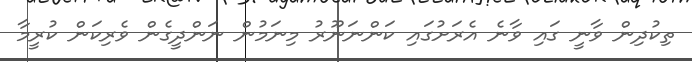
ތިކުދިން ވާނީ ގައި ވާނެ އެރަށުގައި ކަަންނަނޫރު މިނަމުން ނަންދީގެން ވެރިކަން ކުރީމާ